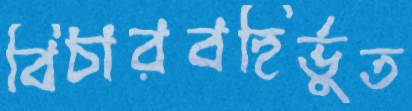
বিচারবহির্ভুত